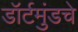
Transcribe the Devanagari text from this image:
डॉर्टमुंडचे